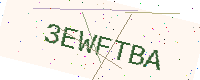
Text: 3EWFTBA